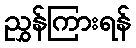
ညွှန်ကြားရန်